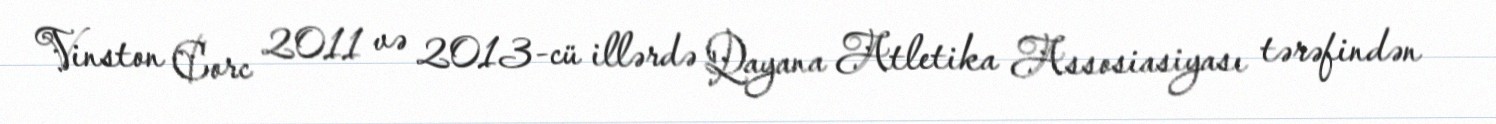
Vinston Corc 2011 və 2013-cü illərdə Qayana Atletika Assosiasiyası tərəfindən